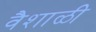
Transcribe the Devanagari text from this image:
वैशाळी